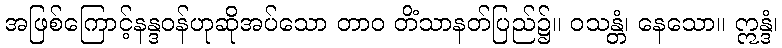
အဖြစ်ကြောင့်နန္ဒဝန်ဟုဆိုအပ်သော တာဝ တိံသာနတ်ပြည်၌။ ဝသန္တံ၊ နေသော။ ဣန္ဒံ၊